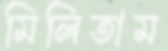
মিলিতাম